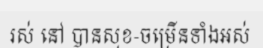
រស់ នៅ បានសុខ-ចម្រើនទាំងអស់